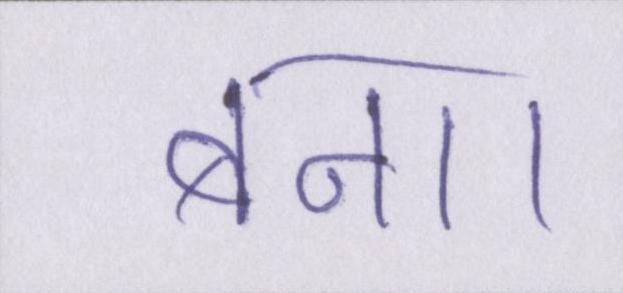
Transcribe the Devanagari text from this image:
बना।